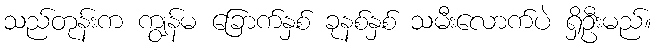
သည်တုန်းက ကျွန်မ ခြောက်နှစ် ခုနစ်နှစ် သမီးလောက်ပဲ ရှိဦးမည်။